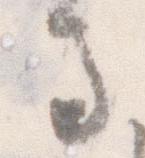
馬